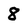
Character: 8